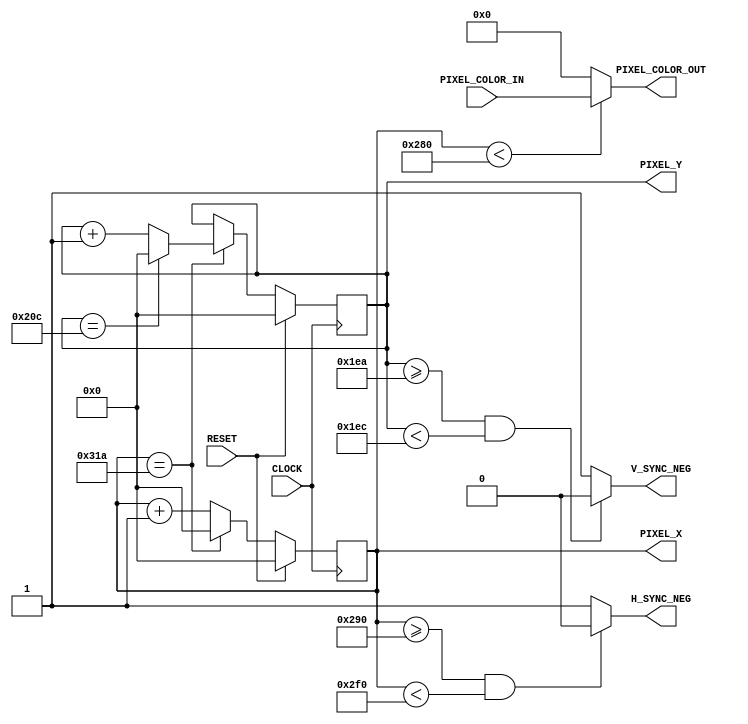
//=======================================================
// ECE3400 Fall 2017
// Lab 3: VGA Driver
//
// THIS PROJECT DEVELOPED BY CORNELL ECE 3400 STAFF. PLEASE
// DO NOT REUSE OR DISTRIBUTE THIS CODE WITHOUT PERMISSION

//=======================================================
`define TOTAL_SCREEN_WIDTH 795
`define TOTAL_SCREEN_HEIGHT 525
`define VISIBLE_SCREEN_WIDTH 640
`define VISIBLE_SCREEN_HEIGHT 480

module VGA_DRIVER (
	RESET,
	CLOCK,
	PIXEL_COLOR_IN,
	PIXEL_X,
	PIXEL_Y,
	PIXEL_COLOR_OUT,
	H_SYNC_NEG,
	V_SYNC_NEG
);

/******
* I/O *
******/

input CLOCK; //PIXEL CLOCK - DRIVE AT 25MHZ for 60 Hz 640 x 480 VGA
input RESET;
input  [7:0] PIXEL_COLOR_IN; //COLOR GIVEN TO THE VGA DRIVER


output [9:0] PIXEL_X; //HORIZONTAL POSITION OF THE NEXT PIXEL;
output [9:0] PIXEL_Y; //VERTICLE POSITION OF THE NEXT PIXEL;
output [7:0] PIXEL_COLOR_OUT; //COLOR TO BE DISPLAYED
output       H_SYNC_NEG; //THE REVERSE POLARITY HORIZONTAL SYNC SIGNAL
output       V_SYNC_NEG; //THE REVERSE POLARITY VERTICAL SYNC SIGNAL

/****************************
* MEMORY AND INTERNAL WIRES *
*****************************/

reg  [9:0] pixel_count;
reg  [9:0] line_count;

/************************
* LOGIC AND CONNECTIONS *
************************/
assign PIXEL_X    = pixel_count;
assign PIXEL_Y    = line_count;

assign PIXEL_COLOR_OUT = (pixel_count<(`VISIBLE_SCREEN_WIDTH) /*&& (line_count<`VISIBLE_SCREEN_HEIGHT)*/)
									? (PIXEL_COLOR_IN) : (8'b00000000) ; //ROUTE THE INPUT COLOR TO OUTPUT IF WITHIN VISIBLE BOUNDS
									
assign H_SYNC_NEG = (pixel_count>=656 && pixel_count<752) ? (1'b0) : (1'b1); //ACTIVATE THE H SYNC PULSE AFTER FRONT PORCH

assign V_SYNC_NEG = (line_count>=490 && line_count<492) ? (1'b0) : (1'b1); //ACTIVATE THE V SYNC PULSE AFTER FRONT PORCH

always @(posedge CLOCK) begin
	if (RESET) begin
		pixel_count <= 10'b0;
		line_count <= 10'b0;
	end
	else if (pixel_count == (`TOTAL_SCREEN_WIDTH-1)) begin
		pixel_count <= 0;
		if (line_count == (`TOTAL_SCREEN_HEIGHT-1)) begin
		line_count <= 0;
		end 
		else begin
		line_count <= line_count + 1;
		end
	end 
	else begin
		pixel_count <= pixel_count + 1;
		line_count <= line_count;
	end
end

endmodule